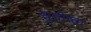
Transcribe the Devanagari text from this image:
सुदीप्ता